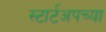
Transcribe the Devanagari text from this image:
स्टार्टअपच्या